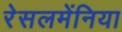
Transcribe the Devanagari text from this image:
रेसलमेंनिया